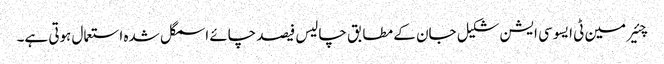
چئیر مین ٹی ایسوسی ایشن شکیل جان کے مطابق چالیس فیصد چائے اسمگل شدہ استعمال ہوتی ہے۔